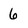
Character: 6